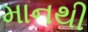
માનથી